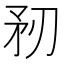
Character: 𥍞